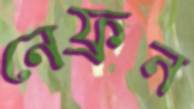
নেফ্রন